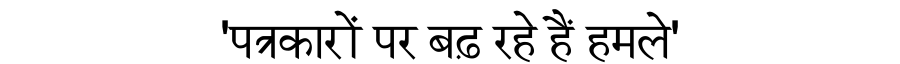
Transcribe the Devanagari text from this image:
'पत्रकारों पर बढ़ रहे हैं हमले'